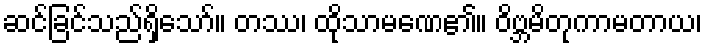
ဆင်ခြင်သည်ရှိသော်။ တဿ၊ ထိုသာမဏေ၏။ ဝိဗ္ဘမိတုကာမတာယ၊